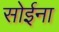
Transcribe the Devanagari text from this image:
सोईना